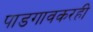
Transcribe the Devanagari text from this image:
पाडगावकरही